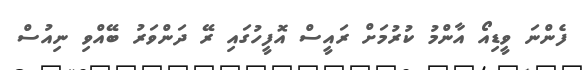
ފެންނަ ވީޑިއޯ އާންމު ކުރުމަށް ރައީސް އޮފީހުގައި ރޭ ދަންވަރު ބޭއްވި ނިއުސް